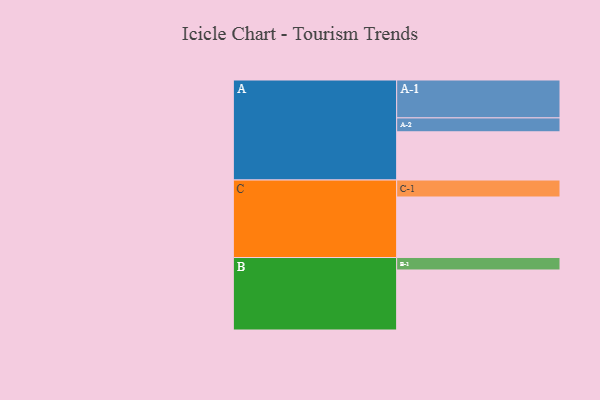
{"axis": {"x": "Segment", "y": "Value"}, "legend": ["", "A", "B", "C"], "data": [{"x": "A", "y": 364, "type": ""}, {"x": "B", "y": 453, "type": ""}, {"x": "C", "y": 457, "type": ""}, {"x": "A-1", "y": 286, "type": "A"}, {"x": "A-2", "y": 105, "type": "A"}, {"x": "B-1", "y": 94, "type": "B"}, {"x": "C-1", "y": 128, "type": "C"}]}